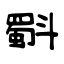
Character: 斣